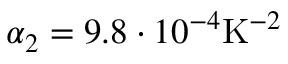
\alpha _ { 2 } = 9 . 8 \cdot 1 0 ^ { - 4 } \mathrm { K } ^ { - 2 }